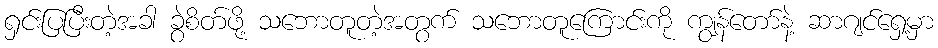
ရှင်းပြပြီးတဲ့အခါ ခွဲစိတ်ဖို့ သဘောတူတဲ့အတွက် သဘောတူကြောင်းကို ကျွန်တော်နဲ့ ဆာဂျင်ရှေ့မှာ